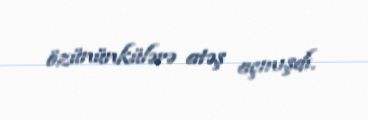
özününkülərə atəş açmışdı.